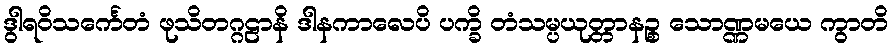
ဒွါရဝိသင်္ကေတံ ဖုသိတဂ္ဂဠာနိ ဒါနကာလေပိ ပက္ခိ တံသမ္ပယုတ္တာနဉ္စ သောဏ္ဏမယေ ကွာတိ